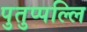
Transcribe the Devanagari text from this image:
पुतुप्पल्लि